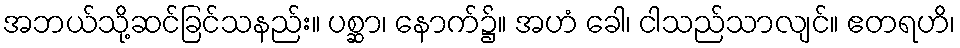
အဘယ်သို့ဆင်ခြင်သနည်း။ ပစ္ဆာ၊ နောက်၌။ အဟံ ခေါ၊ ငါသည်သာလျင်။ ဧတရဟိ၊